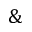
\&